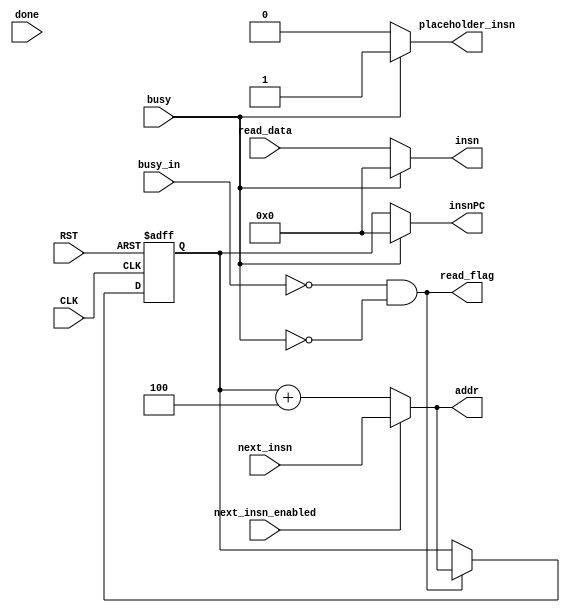
`timescale 1ns / 1ps
//////////////////////////////////////////////////////////////////////////////////
// Company: 
// Engineer: 
// 
// Design Name: 
// Module Name: pipeline_insnfetch
// Project Name: 
// Target Devices: 
// Tool Versions: 
// Description: 
// 
// Dependencies: 
// 
// Revision:
// Revision 0.01 - File Created
// Additional Comments:
// 
//////////////////////////////////////////////////////////////////////////////////


module pipeline_insnfetch(
	input CLK,
	input RST,
	
	output read_flag,
	output [31:0] addr,
	//output [2:0] length,
	input [31:0] read_data,
	input busy,
	input done,
	
	input next_insn_enabled,
	input [31:0] next_insn,
	input busy_in,
	
	output reg [31:0] insn,
	output reg [31:0] insnPC,
	output reg placeholder_insn
    );
	
	reg [31:0] PC;
	wire [31:0] nextPC;
	
	assign nextPC = next_insn_enabled ? next_insn : PC + 4;
	assign addr = nextPC;//done ? nextPC : PC;
	assign read_flag = !busy_in && !busy;
	//assign length = 4;
	
	always @(posedge CLK or posedge RST) begin
		if(RST) begin
			PC <= -32'd4;
		end else if(!busy_in && !busy) begin
			PC <= nextPC;
		end
	end
	
	always @(*) begin
		if(!busy) begin
			insn = read_data;
			insnPC = PC;
			placeholder_insn = 0;
		end else begin
			insn = 0;
			insnPC = 0;
			placeholder_insn = 1;
		end
	end
	
	/*always @(posedge CLK or posedge RST) begin
		if(RST) begin
			PC <= 0;
		end else if(done) begin
			PC <= nextPC;
		end
	end
	
	always @(*) begin
		if(!busy) begin
			insn = read_data;
			insnPC = PC;
			placeholder_insn = 0;
		end else begin
			insn = 0;
			insnPC = 0;
			placeholder_insn = 1;
		end
	end*/
	
	/*always @(negedge CLK or posedge RST) begin
		if(RST) begin
			insn <= 0;
			insnPC <= 0;
			placeholder_insn <= 0;
		end else begin
			if(done) begin
				insn <= read_data;
				insnPC <= PC;
				placeholder_insn <= 0;
			end else begin
				insn <= 0;
				insnPC <= 0;
				placeholder_insn <= 1;
			end
		end
	end*/
endmodule